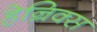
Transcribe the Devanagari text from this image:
हेन्रिक्स